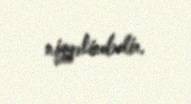
niyyətindədir.